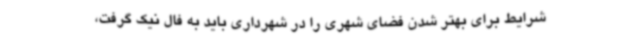
شرایط برای بهتر شدن فضای شهری را در شهرداری باید به فال نیک گرفت،